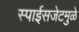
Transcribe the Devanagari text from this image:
स्पाईसजेटमुळे